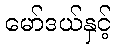
မော်ဒယ်နှင့်